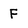
Character: F